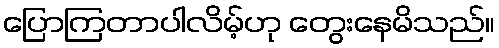
ပြောကြတာပါလိမ့်ဟု တွေးနေမိသည်။